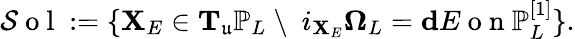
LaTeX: \mathcal{S}\mathrm{~o~l~}:=\{ \mathbf{X}_{E}\in\mathbf{T}_{\mathfrak{u}}\mathbb{P}_{L}\ \backslash\ \ i_{\mathbf{X}_{E}}\mathbf{\Omega}_{L}=\mathbf{d}E\mathrm{~o~n~}\mathbb{P}_{L}^{[1]}\} .